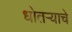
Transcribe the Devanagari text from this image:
धोतर्‍याचे